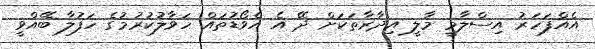
އެއްފަހަރު އިސްލާމީ މާލީ އިދާރާތަކަށް ދޭ އެ އެވޯޑުތައް ހަވާލުކުރުމުގެ ހަފުލާ ބޭއްވީ